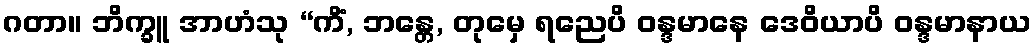
ဂတာ။ ဘိက္ခူ အာဟံသု “ကိံ, ဘန္တေ, တုမှေ ရညေပိ ဝန္ဒမာနေ ဒေဝိယာပိ ဝန္ဒမာနာယ